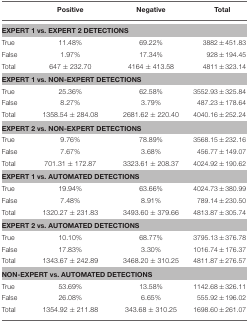
<table><thead><tr><td></td><td><b>Positive</b></td><td><b>Negative</b></td><td><b>Total</b></td></tr></thead><tbody><tr><td colspan="4"><b>EXPERT 1 vs. EXPERT 2 DETECTIONS</b></td></tr><tr><td>True</td><td>11.48%</td><td>69.22%</td><td>3882 ± 451.83</td></tr><tr><td>False</td><td>1.97%</td><td>17.34%</td><td>928 ± 194.45</td></tr><tr><td>Total</td><td>647 ± 232.70</td><td>4164 ± 413.58</td><td>4811 ± 323.14</td></tr><tr><td colspan="4"><b>EXPERT 1 vs. NON-EXPERT DETECTIONS</b></td></tr><tr><td>True</td><td>25.36%</td><td>62.58%</td><td>3552.93 ± 325.84</td></tr><tr><td>False</td><td>8.27%</td><td>3.79%</td><td>487.23 ± 178.64</td></tr><tr><td>Total</td><td>1358.54 ± 284.08</td><td>2681.62 ± 220.40</td><td>4040.16 ± 252.24</td></tr><tr><td colspan="4"><b>EXPERT 2 vs. NON-EXPERT DETECTIONS</b></td></tr><tr><td>True</td><td>9.76%</td><td>78.89%</td><td>3568.15 ± 232.16</td></tr><tr><td>False</td><td>7.67%</td><td>3.68%</td><td>456.77 ± 149.07</td></tr><tr><td>Total</td><td>701.31 ± 172.87</td><td>3323.61 ± 208.37</td><td>4024.92 ± 190.62</td></tr><tr><td colspan="4"><b>EXPERT 1 vs. AUTOMATED DETECTIONS</b></td></tr><tr><td>True</td><td>19.94%</td><td>63.66%</td><td>4024.73 ± 380.99</td></tr><tr><td>False</td><td>7.48%</td><td>8.91%</td><td>789.14 ± 230.50</td></tr><tr><td>Total</td><td>1320.27 ± 231.83</td><td>3493.60 ± 379.66</td><td>4813.87 ± 305.74</td></tr><tr><td colspan="4"><b>EXPERT 2 vs. AUTOMATED DETECTIONS</b></td></tr><tr><td>True</td><td>10.10%</td><td>68.77%</td><td>3795.13 ± 376.78</td></tr><tr><td>False</td><td>17.83%</td><td>3.30%</td><td>1016.74 ± 176.37</td></tr><tr><td>Total</td><td>1343.67 ± 242.89</td><td>3468.20 ± 310.25</td><td>4811.87 ± 276.57</td></tr><tr><td colspan="4"><b>NON-EXPERT vs. AUTOMATED DETECTIONS</b></td></tr><tr><td>True</td><td>53.69%</td><td>13.58%</td><td>1142.68 ± 326.11</td></tr><tr><td>False</td><td>26.08%</td><td>6.65%</td><td>555.92 ± 196.02</td></tr><tr><td>Total</td><td>1354.92 ± 211.88</td><td>343.68 ± 310.25</td><td>1698.60 ± 261.07</td></tr></tbody></table>